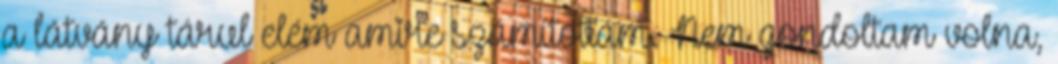
a látvány tárul elém amire számítottam. Nem gondoltam volna,